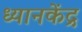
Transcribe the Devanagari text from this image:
ध्यानकेंद्र